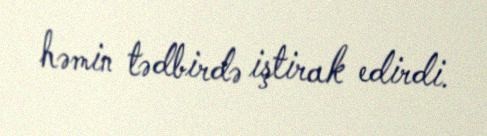
həmin tədbirdə iştirak edirdi.